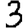
Digit: 3